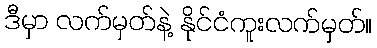
ဒီမှာ လက်မှတ်နဲ့ နိုင်ငံကူးလက်မှတ်။